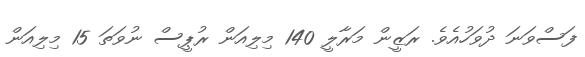
ފަސްވަނަ ދުވަހުއެވެ. ރަޒީން މަރާލީ 140 މިލިއަން ރުޕީސް ނުވަތަ 15 މިލިއަން